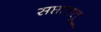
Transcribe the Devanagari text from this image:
सप्तधातू